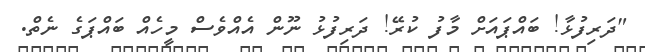
"ދަރިފުޅާ! ބައްޕައަށް މާފު ކުރޭ! ދަރިފުޅު ނޫން އެއްވެސް މީހެއް ބައްޕަގެ ނެތް.